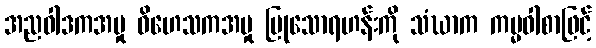
အညဝါဒကအမှု ဝိဟေသကအမှု ပြုသောရဟန်းကို သံဃာက ကမ္မဝါစာဖြင့်